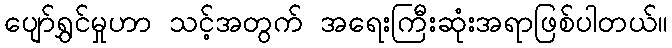
ပျော်ရွှင်မှုဟာ သင့်အတွက် အရေးကြီးဆုံးအရာဖြစ်ပါတယ်။